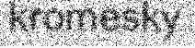
kromesky